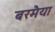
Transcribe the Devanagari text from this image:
बरमैया